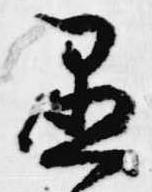
愚